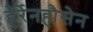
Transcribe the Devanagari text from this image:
हेर्रेनहौसेन